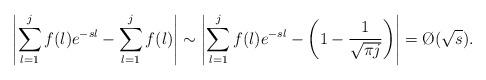
LaTeX: \begin{align*}\left|\sum_{l=1}^j f(l)e^{-sl}-\sum_{l=1}^j f(l)\right|\sim\left|\sum_{l=1}^j f(l)e^{-sl}-\left(1-\frac1{\sqrt{\pi j}}\right)\right|=\O(\sqrt s).\end{align*}